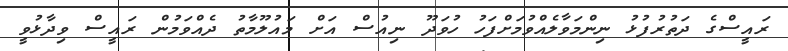
ރައީސްގެ ދަތުރުފުޅު ނިންމަވާލެއްވުމަށްފަހު ހުވަދޫ ނިއުސް އަށް މައުލޫމާތު ދެއްވަމުން ރައީސް ވިދާޅުވީ